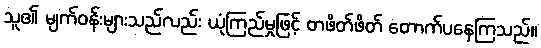
သူ၏ မျက်ဝန်းများသည်လည်း ယုံကြည်မှုဖြင့် တဖိတ်ဖိတ် တောက်ပနေကြသည်။